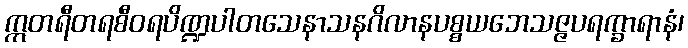
ဣတရီတရစီဝရပိဏ္ဍပါတသေနာသနဂိလာနပစ္စယဘေသဇ္ဇပရက္ခာရာနံ၊